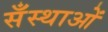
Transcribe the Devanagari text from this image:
सँस्थाओं